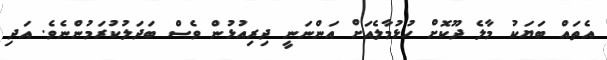
އެތައް ބަޔަކު މާލެ ދޫކޮށް ހުޅުމާލެއަށް އަންނަނީ ދިރިއުޅުން ވެސް ބަދަލުކުރަމުންނެވެ. އަދި